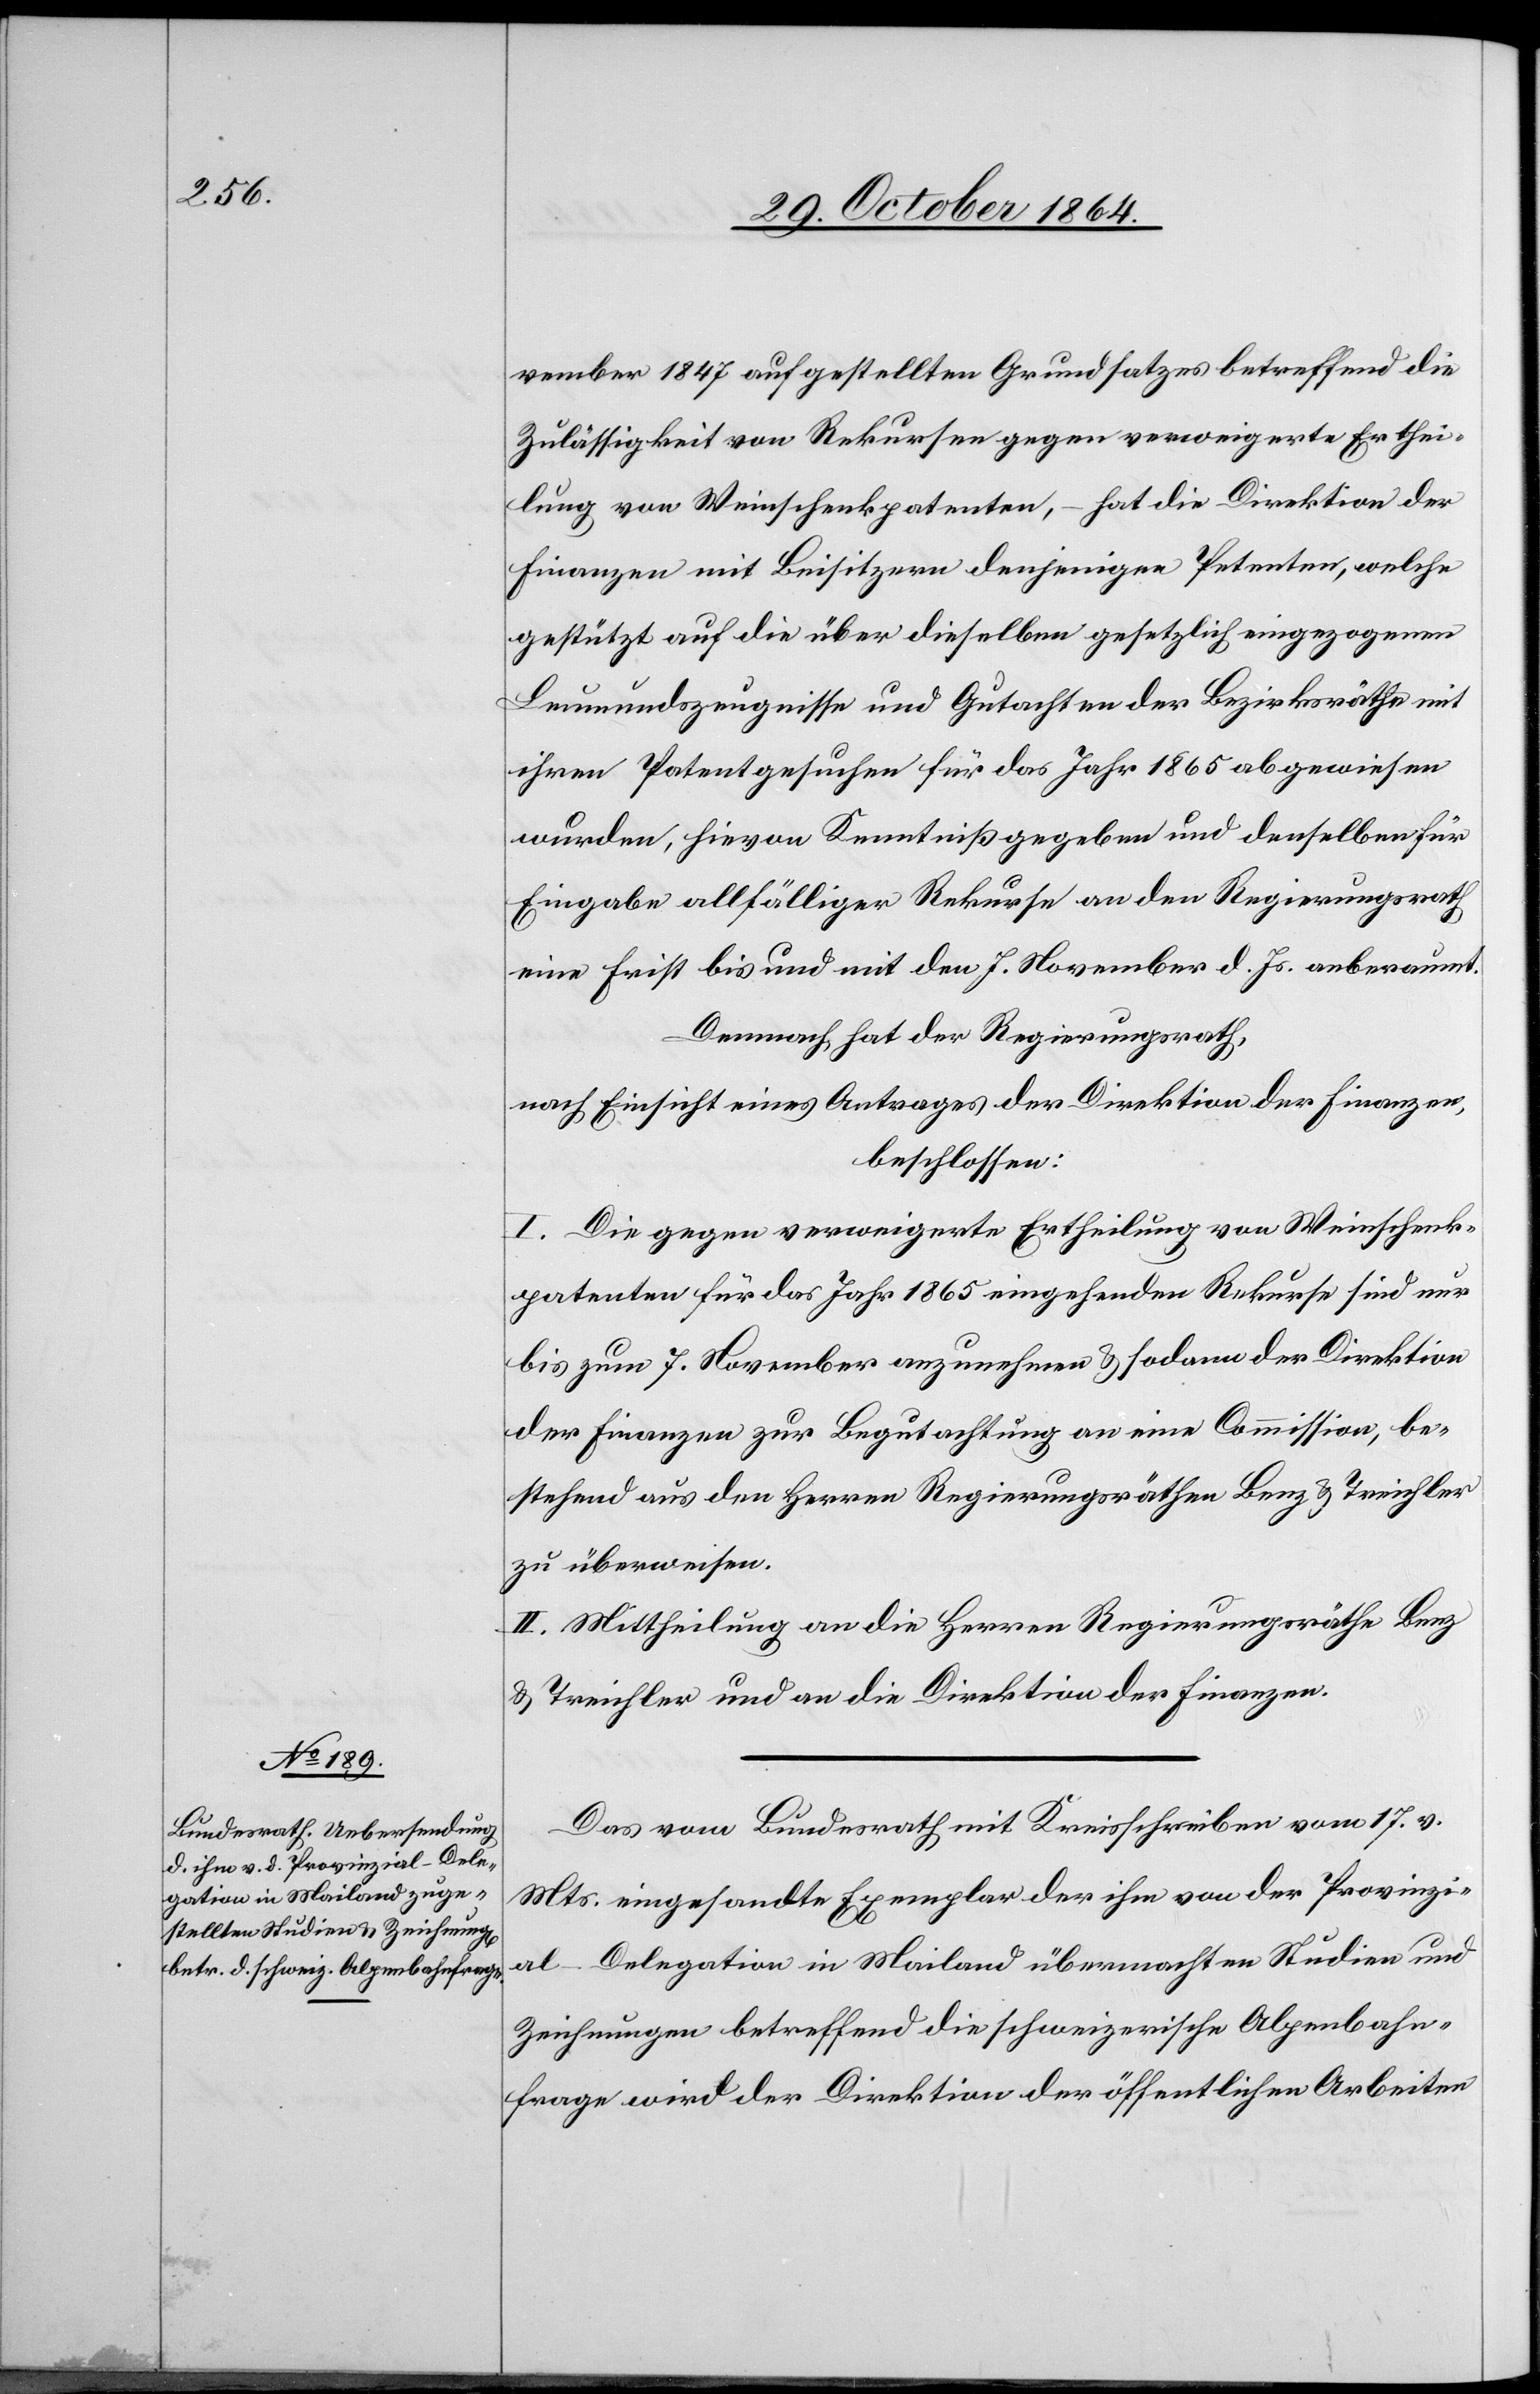
vember 1847 aufgestellten Grundsatzes betreffend die
Zulässigkeit von Rekursen gegen verweigerte Erthei¬
lung von Weinschenkpatenten, – hat die Direktion der
Finanzen mit Beisitzern denjenigen Petenten, welche
gestützt auf die über dieselben gesetzlich eingezogenen
Leumundszeugnisse und Gutachten der Bezirksräthe mit
ihren Patentgesuchen für das Jahr 1865 abgewiesen
wurden, hievon Kenntniß gegeben und denselben für
Eingabe allfälliger Rekurse an den Regierungsrath
eine Frist bis und mit den 7. November d. Js. anberaumt.
Demnach hat der Regierungsrath,
nach Einsicht eines Antrages der Direktion der Finanzen,
beschlossen:
I. Die gegen verweigerte Ertheilung von Weinschenk¬
patenten für das Jahr 1865 eingehenden Rekurse sind nur
bis zum 7. November anzunehmen & sodann der Direktion
der Finanzen zur Begutachtung an eine Commission, be¬
stehend aus den Herren Regierungsräthen Benz & Treichler
zu überweisen.
II. Mittheilung an die Herren Regierungsräthe Benz
& Treichler und an die Direktion der Finanzen.
Das vom Bundesrath mit Kreisschreiben vom 17. v.
Mts. eingesandte Exemplar der ihm von der Provinzi¬
al-Delegation in Mailand übermachten Studien und
Zeichnungen betreffend die schweizerische Alpenbahn¬
frage wird der Direktion der öffentlichen Arbeiten